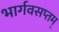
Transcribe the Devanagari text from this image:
भार्गवसप्तम्